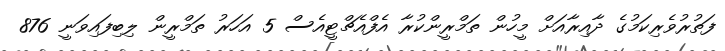
ފަތުރުވެރިކަމުގެ ދާއިރާއަށް މީހުން ތަމްރީންކުރާ އެފްއެޗްޓީއެސް 5 އަހަރު ތަމްރީން ލިބިފައިވަނީ 876